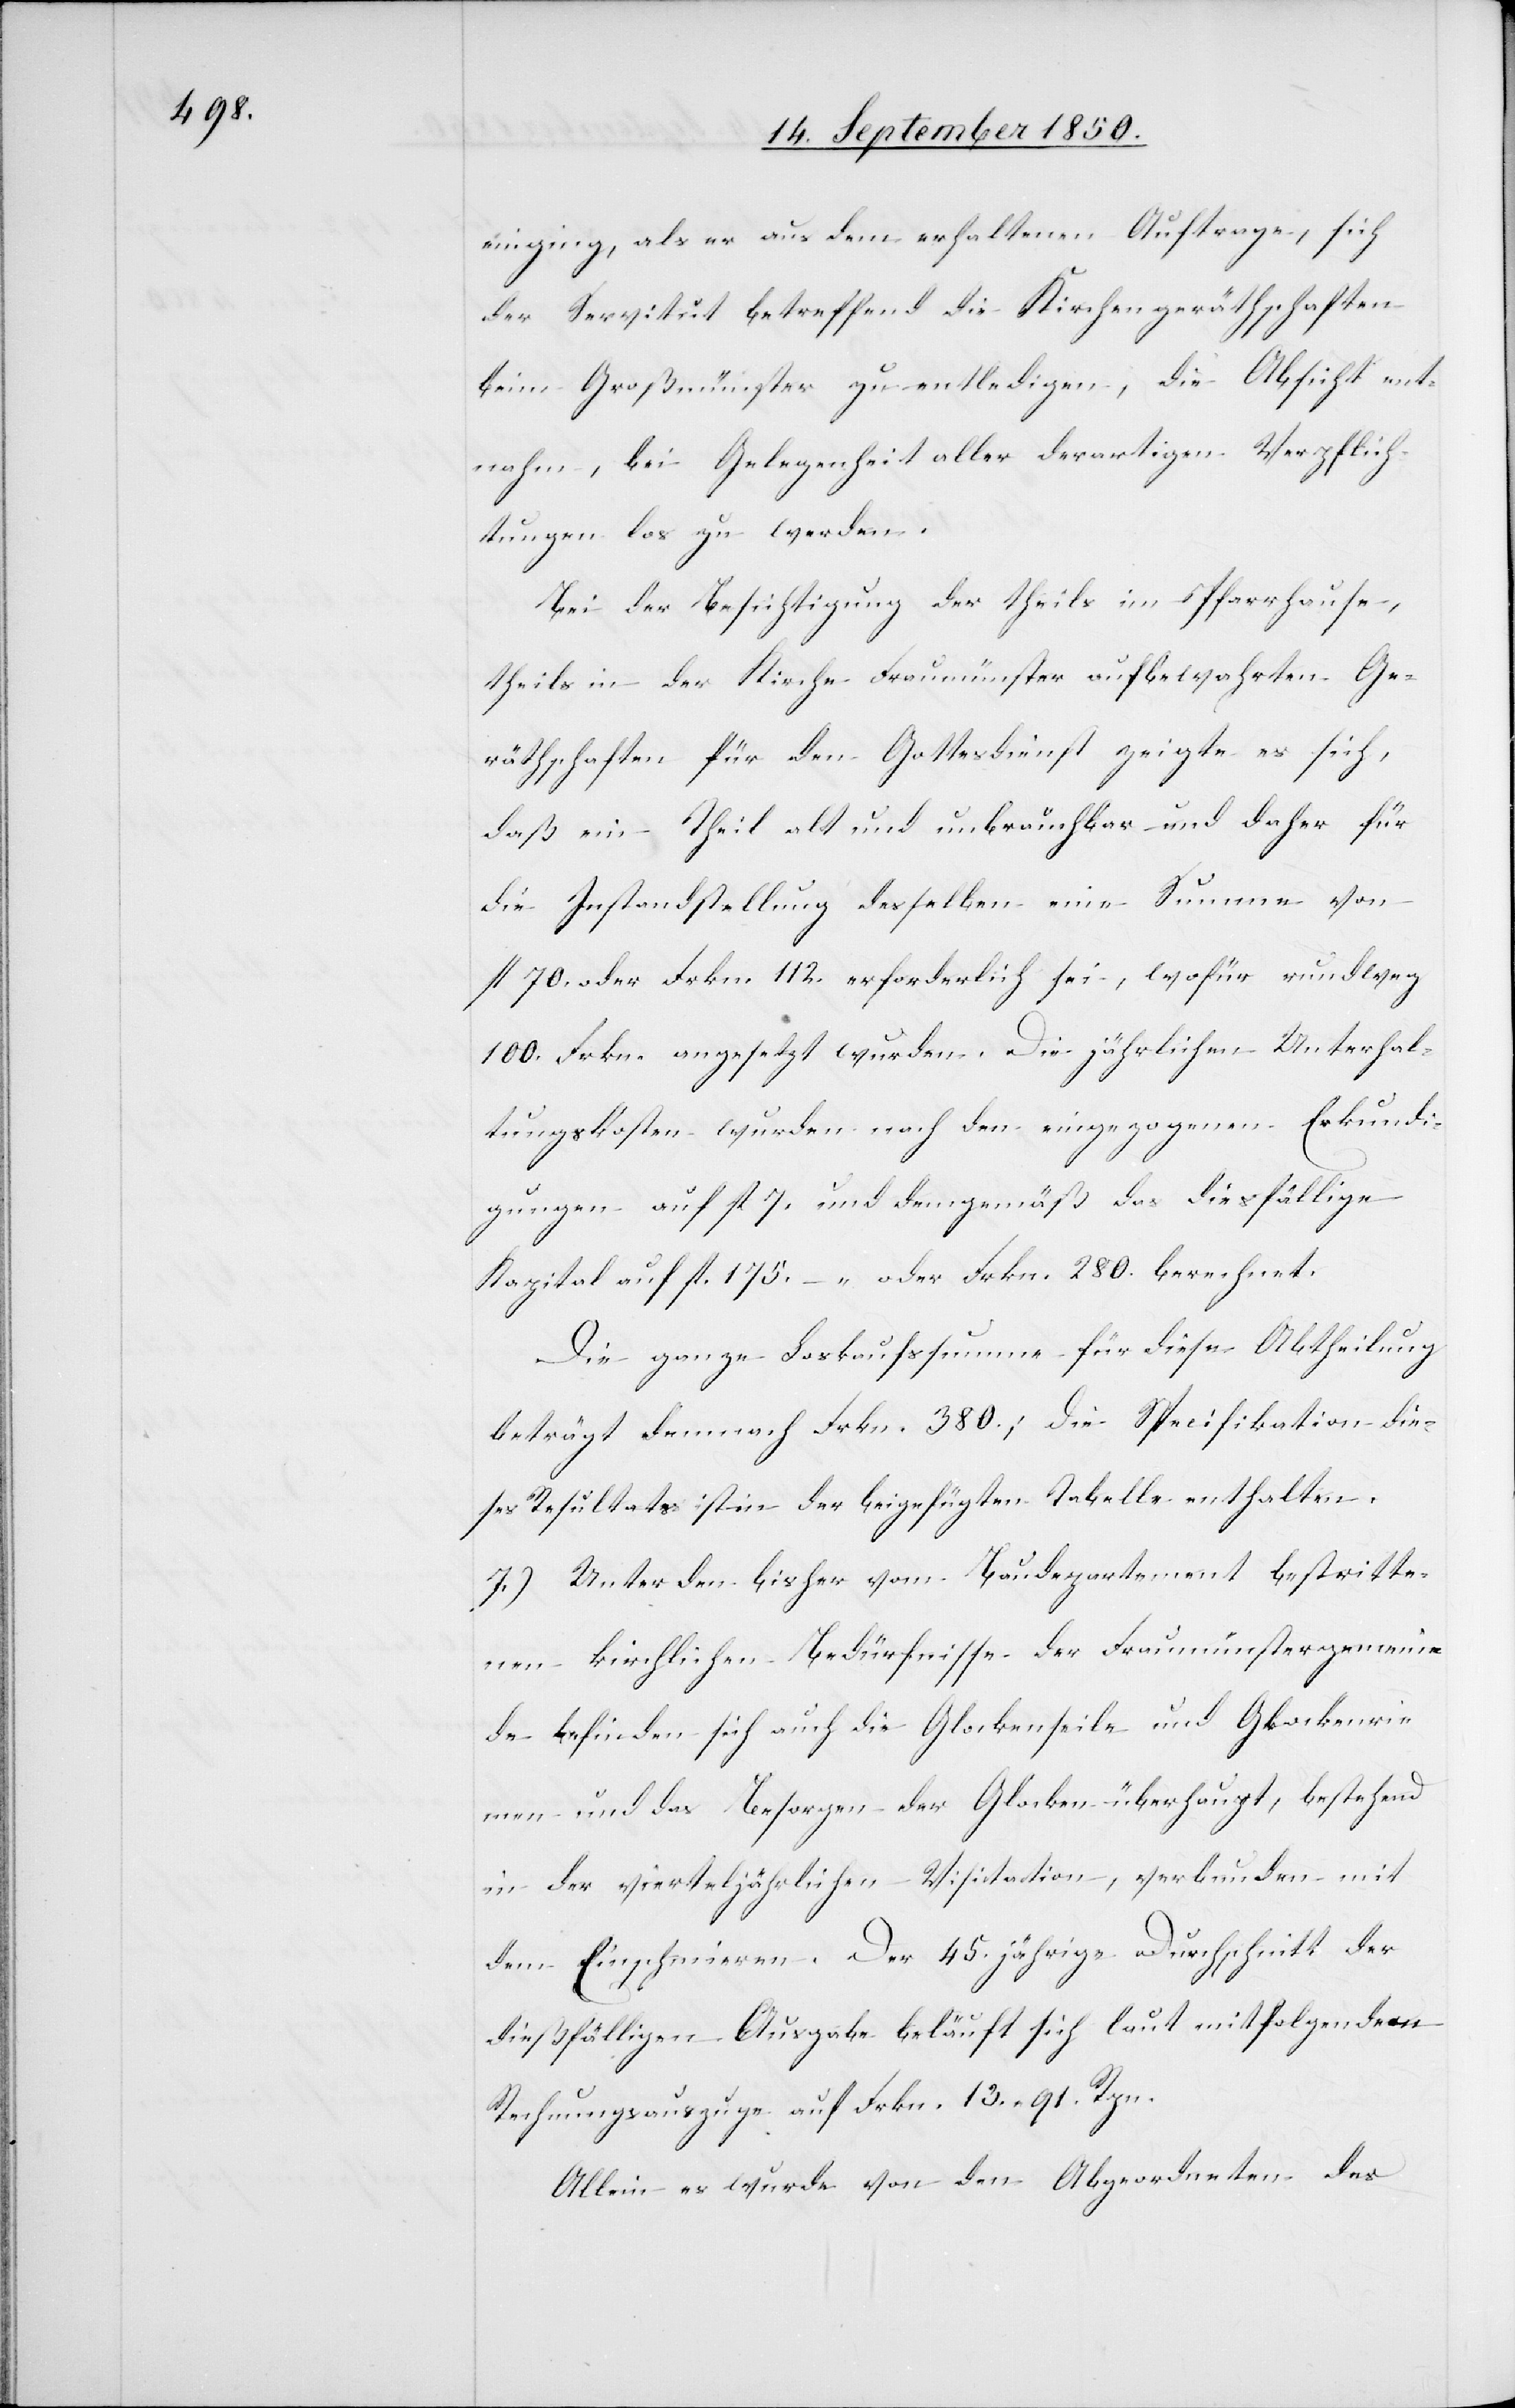
einging, als er aus dem erhaltenen Auftrage, sich
der Servitut betreffend die Kirchengeräthschaften
beim Großmünster zu entledigen, die Absicht ent¬
nahm, bei Gelegenheit aller derartigen Verpflich¬
tungen los zu werden.
Bei der Besichtigung der theils im Pfarrhause,
theils in der Kirche Fraumünster aufbewahrten Ge¬
räthschaften für den Gottesdienst zeigte es sich,
daß ein Theil alt und unbrauchbar und daher für
die Instandstellung desselben eine Summe von
fl 70. oder Frkn. 112. erforderlich sei, wofür rundweg
100. Frkn. angesetzt wurden. Die jährlichen Unterhal¬
tungskosten wurden nach den eingezogenen Erkund¬
igungen auf fl 7. und demgemäß das diesfällige
Kapital auf fl 175. oder Frkn. 280. berechnet.
Die ganze Loskaufssumme für diese Abtheilung
beträgt demnach Frkn. 380.; die Specifikation die¬
ses Resultats ist in der beigefügten Tabelle enthalten.
7.) Unter den bisher vom Baudepartement bestritte¬
nen kirchlichen Bedürfnisse der Fraumünstergemein¬
de befinden sich auch die Glockenseile und Glockenrie¬
men und das Besorgen der Glocken überhaupt, bestehend
in der vierteljährlichen Visitation, verbunden mit
dem Einschmieren. Der 45. jährige Durchschnitt der
dießfälligen Ausgabe beläuft sich laut mitfolgendem
Rechnungsauszuge auf Frkn. 13. 91. Rpn.
Allein es wurde von den Abgeordneten des